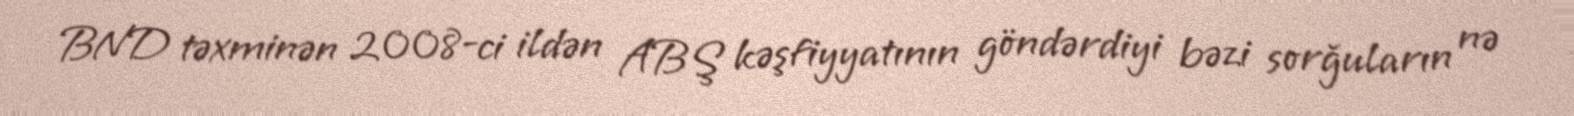
BND təxminən 2008-ci ildən ABŞ kəşfiyyatının göndərdiyi bəzi sorğuların nə